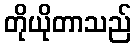
တိုယိုတာသည်